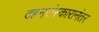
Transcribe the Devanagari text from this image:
दहनसंस्कारानंतर